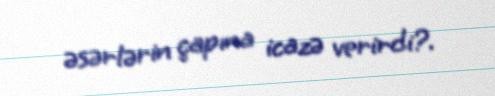
əsərlərin çapına icazə verirdi?.